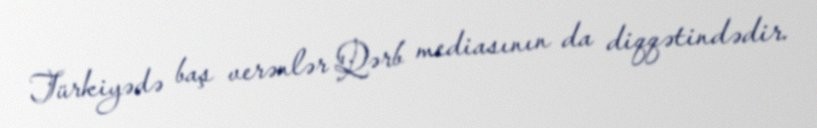
Türkiyədə baş verənlər Qərb mediasının da diqqətindədir.